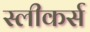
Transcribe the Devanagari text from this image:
स्लीकर्स